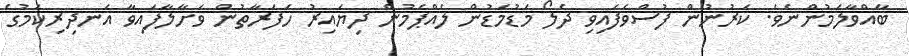
ބާއްވާލަމުންނެވެ. ކަރުނުން ފުސްވެފައިވި ދެލޯ މަޑުމަޑުން ލެއްޕެމުން ދިޔައިރު ހަފަރާތުން ވަށާލާފައިވާ އަނދިރިކަމުގެ